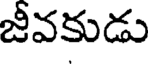
జీవకుడు